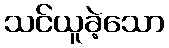
သင်ယူခဲ့သော